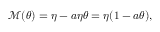
\begin{array} { r } { \mathcal { M } ( \theta ) = \eta - a \eta \theta = \eta ( 1 - a \theta ) , } \end{array}